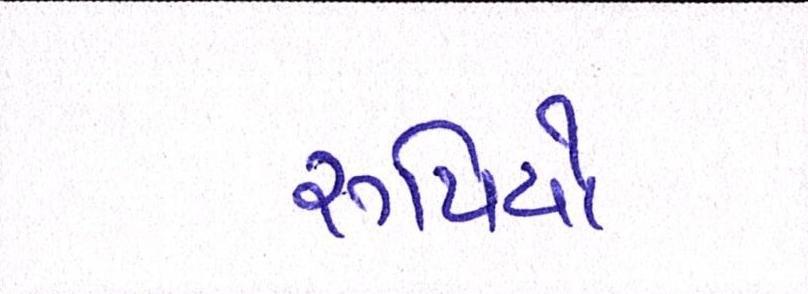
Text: રૃપિયો